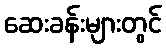
ဆေးခန်းများတွင်